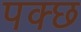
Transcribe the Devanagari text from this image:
पक्छ